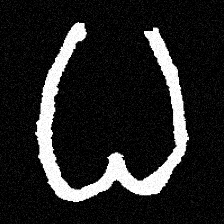
Pyu character \u2014 Myanmar letter: ဓ (romanized: dha)